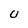
Character: U